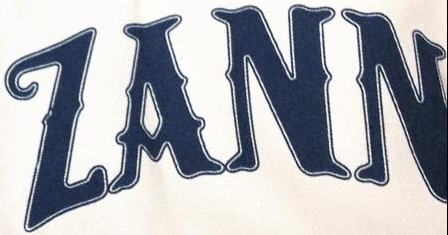
ZANN